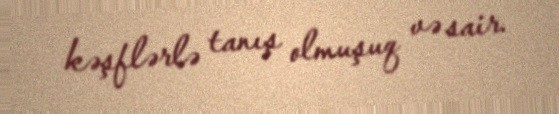
kəşflərlə tanış olmuşuq və sair.